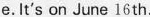
e.It's on June 16 th.